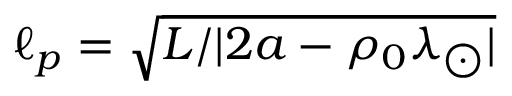
\ell _ { p } = \sqrt { L / | 2 a - \rho _ { 0 } \lambda _ { \bigodot } | }